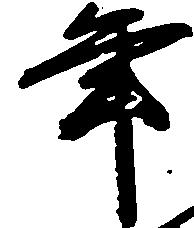
年